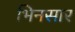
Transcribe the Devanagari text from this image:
भिनसार